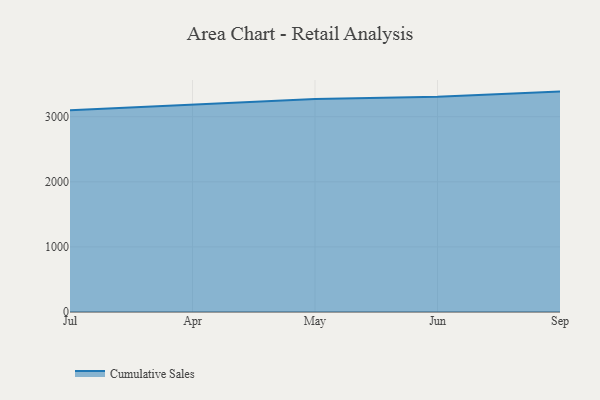
{"axis": {"x": "Month", "y": "Conversion Rate (%)"}, "legend": ["Cumulative Sales"], "data": [{"x": "Jul", "y": 3097.6, "type": "Cumulative Sales"}, {"x": "Apr", "y": 3186.1, "type": "Cumulative Sales"}, {"x": "May", "y": 3272.4, "type": "Cumulative Sales"}, {"x": "Jun", "y": 3306.9, "type": "Cumulative Sales"}, {"x": "Sep", "y": 3385.5, "type": "Cumulative Sales"}]}